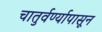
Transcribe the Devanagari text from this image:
चातुर्वर्ण्यापासून